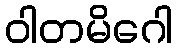
ဝါတမိဂေါ